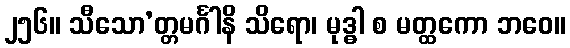
၂၅၆။ သီသော’တ္တမင်္ဂါနိ သိရော၊ မုဒ္ဓါ စ မတ္ထကော ဘဝေ။